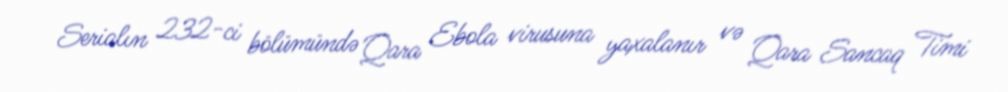
Serialın 232-ci bölümündə Qara Ebola virusuna yaxalanır və Qara Sancaq Timi